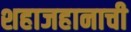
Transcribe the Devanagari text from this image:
शहाजहानाची